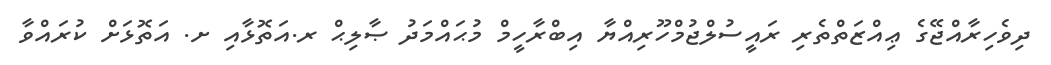
ދިވެހިރާއްޖޭގެ ޢިއްޒަތްތެރި ރައީސުލްޖުމްހޫރިއްޔާ އިބްރާހީމް މުޙައްމަދު ޞާލިޙް ރ.އަތޮޅާއި ށ. އަތޮޅަށް ކުރައްވާ